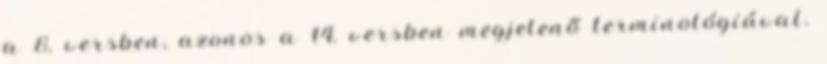
a 8. versben, azonos a 14. versben megjelenő terminológiával.